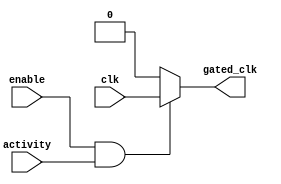
module clock_gating_control (
    input  wire         clk,      // Original clock
    input  wire         enable,   // Enable signal from higher-level module
    input  wire         activity, // Activity signal indicating read/write operations
    output wire         gated_clk // Gated clock output
);
    reg                gated_clk_reg;

    always @(*) begin
        // If enabled and there is activity, pass the clock, otherwise gate it
        gated_clk_reg = enable && activity ? clk : 1'b0;
    end
    
    assign gated_clk = gated_clk_reg;
endmodule